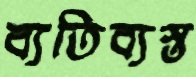
ব্যতিব্যস্ত